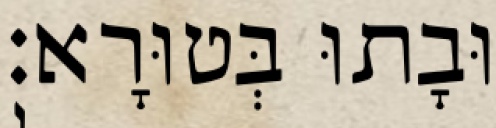
וּבָתוּ בְּטוּרָא׃